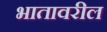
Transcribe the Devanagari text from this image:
भातावरील